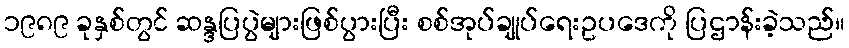
၁၉၈၉ ခုနှစ်တွင် ဆန္ဒပြပွဲများဖြစ်ပွားပြီး စစ်အုပ်ချုပ်ရေးဥပဒေကို ပြဌာန်းခဲ့သည်။